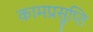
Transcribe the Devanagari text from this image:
कामप्रसुप्ति